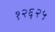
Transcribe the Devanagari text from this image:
१२६२५